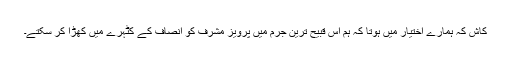
کاش کہ ہمارے اختیار میں ہوتا کہ ہم اس قبیح ترین جرم میں پرویز مشرف کو انصاف کے کٹہرے میں کھڑا کر سکتے۔